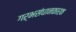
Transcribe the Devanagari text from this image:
गर्भसंधानकारक